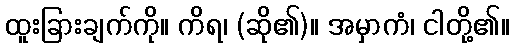
ထူးခြားချက်ကို။ ကိရ၊ (ဆို၏)။ အမှာကံ၊ ငါတို့၏။